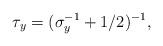
LaTeX: \begin{align*}\tau_y = (\sigma_y^{-1}+1/2)^{-1},\end{align*}